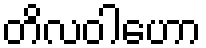
တိလဝါဟော